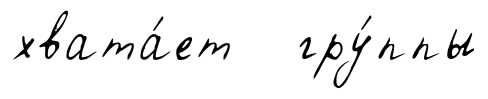
хвата́ет гру́ппы